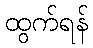
ထွက်ရန်